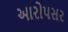
આરોપસર